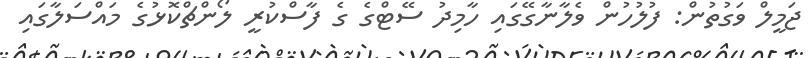
ޖަމީލް ވަގުތުން: ފުލުހުން ވެލާނާގޭގައި ހާމިދު ސޭޓްގެ ގެ ފާސްކުރީ ލޯންޗްކޮޅުގެ މައްސަލާގައި